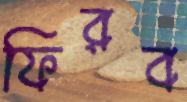
ফিরব